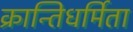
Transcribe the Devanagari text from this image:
क्रान्तिधर्मिता